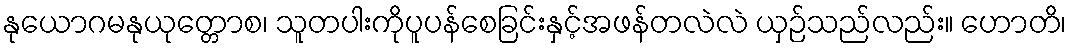
နုယောဂမနုယုတ္တောစ၊ သူတပါးကိုပူပန်စေခြင်းနှင့်အဖန်တလဲလဲ ယှဉ်သည်လည်း။ ဟောတိ၊